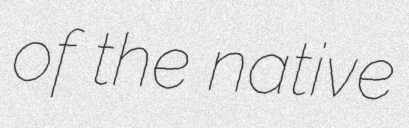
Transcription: of the native